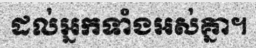
ដល់អ្នកទាំងអស់គ្នា។